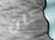
كان